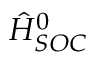
\hat { H } _ { S O C } ^ { 0 }